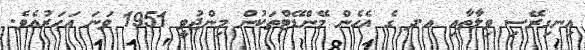
އިނގިރޭސި ވިލާތާއި އ.ދ ގެ އެހެން މޭންޑޭޓްތަކުން މިންޖުވީ 1951 ވަނަ އަހަރުއެވެ.